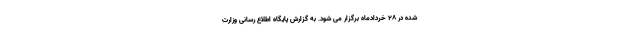
شده در ۲۸ خردادماه برگزار می شود. به گزارش پایگاه اطلاع رسانی وزارت